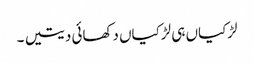
لڑکیاں ہی لڑکیاں دکھائی دیتیں ۔